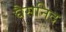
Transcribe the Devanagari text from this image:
घैसनिद